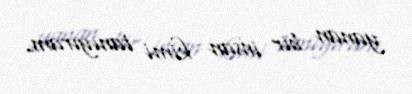
yanan bir insan kimi tanıyıram.